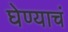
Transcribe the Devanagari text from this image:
घेण्याचं